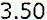
3.50